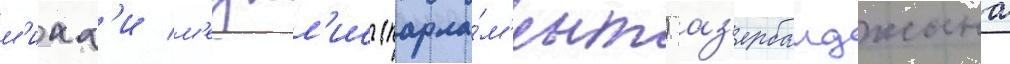
м'илл'и м'еджл'ис (парла́м'ент) аз'ербаиджана